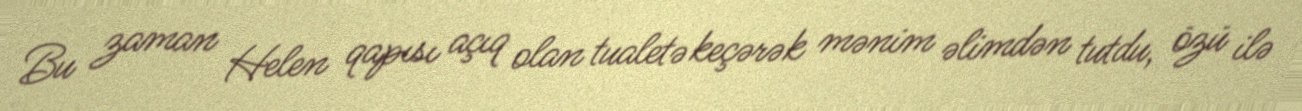
Bu zaman Helen qapısı açıq olan tualetə keçərək mənim əlimdən tutdu, özü ilə